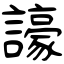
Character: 譹